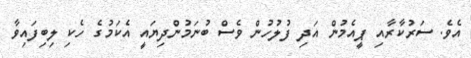
އެވެ. ސަރުކާރާއި ޕީއެމުން އަދި ފުލުހުން ވެސް ބުނަމުންދިޔައީ އެކަމުގެ ހެކި ލިބިފައިވާ